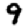
Digit: 9